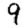
Digit: 9